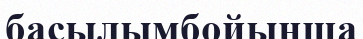
басылымбойынша